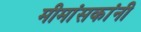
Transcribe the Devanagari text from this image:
मीमांसकांनी